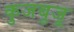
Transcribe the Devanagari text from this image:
कुजबुजू